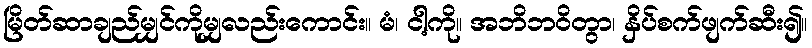
မြိတ်ဆာချည်မျှင်ကိုမျှလည်းကောင်း။ မံ၊ ငါ့ကို။ အဘိဘဝိတွာ၊ နှိပ်စက်ဖျက်ဆီး၍။